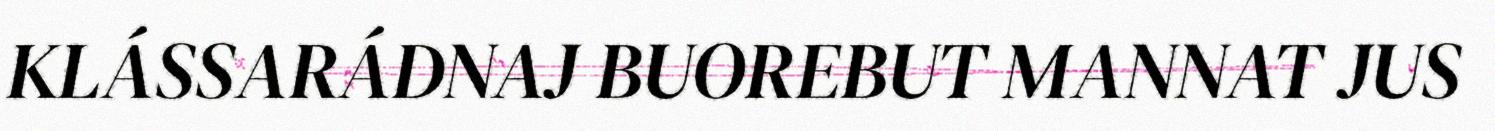
KLÁSSARÁDNAJ BUOREBUT MANNAT JUS